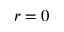
r = 0